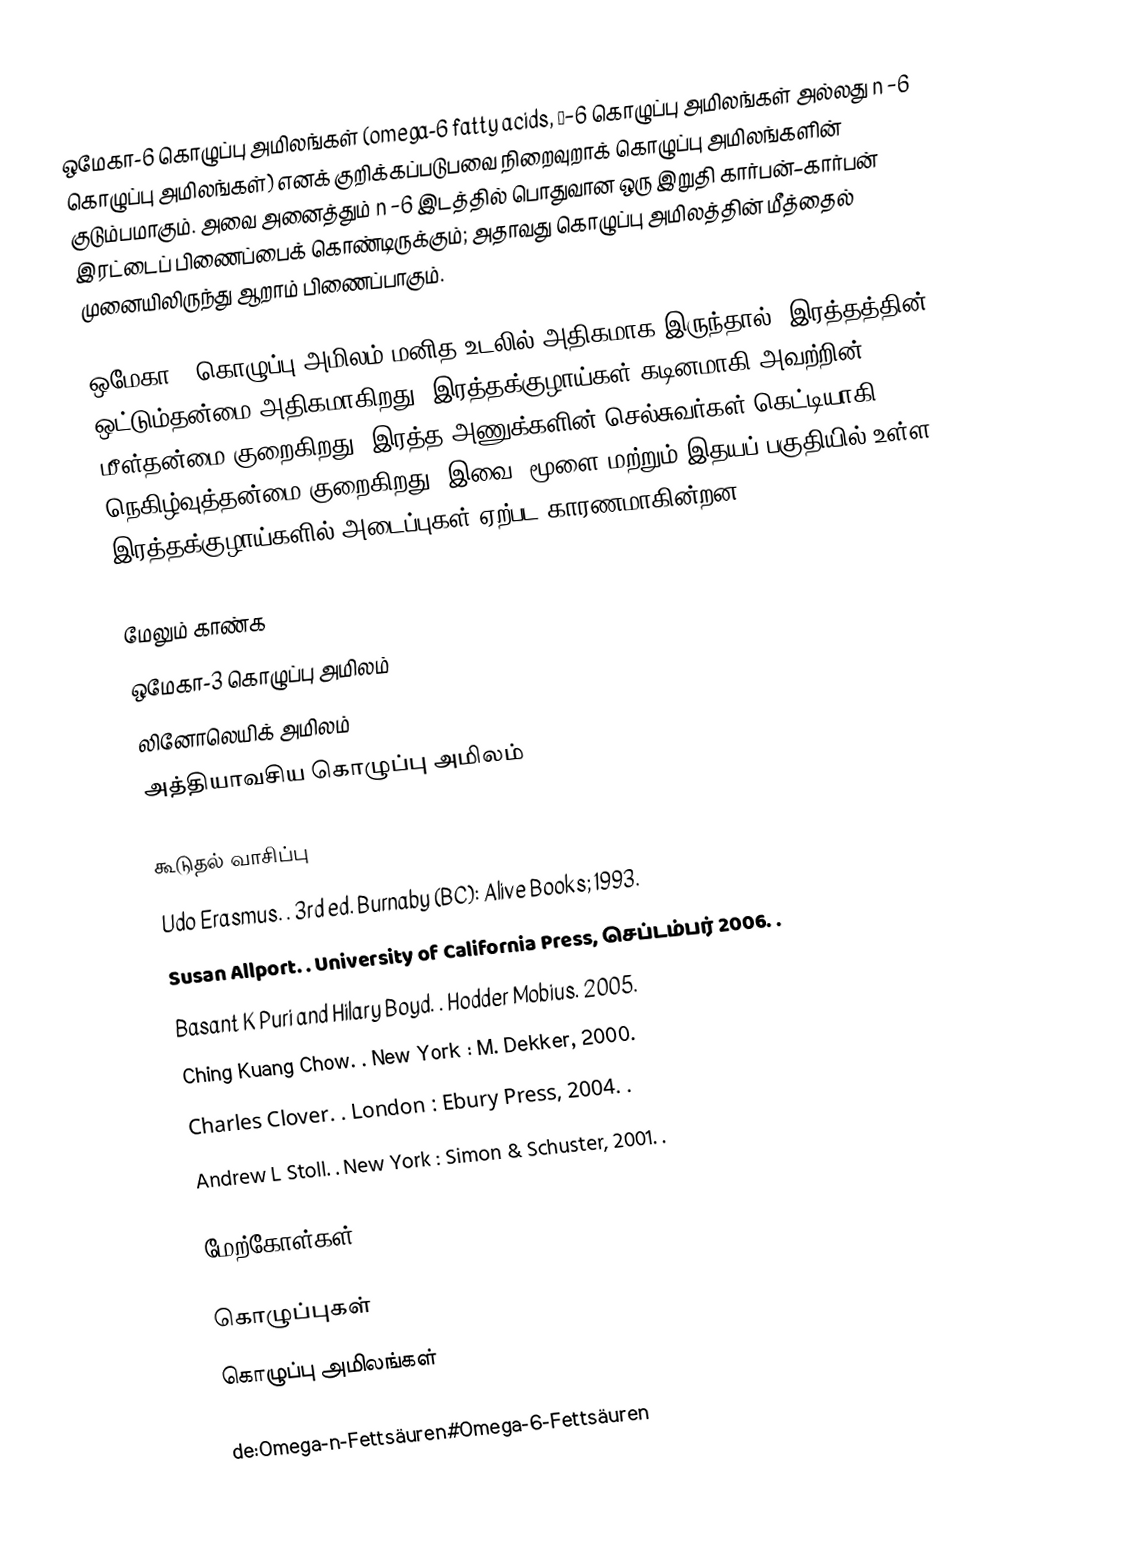
ஒமேகா-6 கொழுப்பு அமிலங்கள் (omega-6 fatty acids, ω−6 கொழுப்பு அமிலங்கள் அல்லது n −6 கொழுப்பு அமிலங்கள்) எனக் குறிக்கப்படுபவை நிறைவுறாக் கொழுப்பு அமிலங்களின் குடும்பமாகும். அவை அனைத்தும் n −6 இடத்தில் பொதுவான ஒரு இறுதி கார்பன்–கார்பன் இரட்டைப் பிணைப்பைக் கொண்டிருக்கும்; அதாவது கொழுப்பு அமிலத்தின் மீத்தைல் முனையிலிருந்து ஆறாம் பிணைப்பாகும்.

ஒமேகா-6 கொழுப்பு அமிலம் மனித உடலில் அதிகமாக இருந்தால், இரத்தத்தின் ஒட்டும்தன்மை அதிகமாகிறது. இரத்தக்குழாய்கள் கடினமாகி அவற்றின் மீள்தன்மை குறைகிறது. இரத்த அணுக்களின் செல்சுவர்கள் கெட்டியாகி, நெகிழ்வுத்தன்மை குறைகிறது. இவை, மூளை மற்றும் இதயப் பகுதியில் உள்ள இரத்தக்குழாய்களில் அடைப்புகள் ஏற்பட காரணமாகின்றன.

மேலும் காண்க
 ஒமேகா-3 கொழுப்பு அமிலம்
 லினோலெயிக் அமிலம்
 அத்தியாவசிய கொழுப்பு அமிலம்

கூடுதல் வாசிப்பு
 Udo Erasmus. . 3rd ed. Burnaby (BC): Alive Books; 1993.
 Susan Allport. . University of California Press, செப்டம்பர் 2006. .
 Basant K Puri and Hilary Boyd. . Hodder Mobius. 2005.
 Ching Kuang Chow. . New York : M. Dekker, 2000.
 Charles Clover. . London : Ebury Press, 2004. .
 Andrew L Stoll. . New York : Simon & Schuster, 2001. .

மேற்கோள்கள்

கொழுப்புகள்
கொழுப்பு அமிலங்கள்

de:Omega-n-Fettsäuren#Omega-6-Fettsäuren